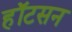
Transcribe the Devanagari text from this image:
हॉटसन